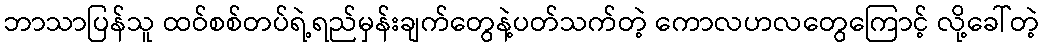
ဘာသာပြန်သူ ထဝ်စစ်တပ်ရဲ့ရည်မှန်းချက်တွေနဲ့ပတ်သက်တဲ့ ကောလဟလတွေကြောင့် လို့ခေါ်တဲ့